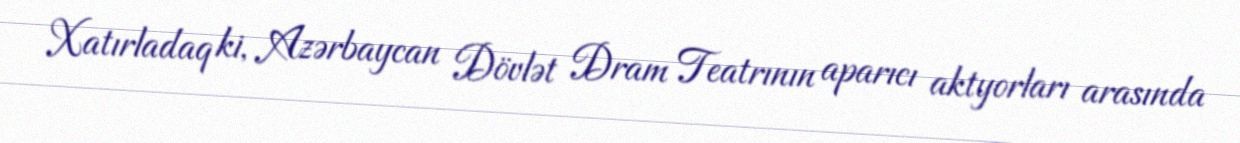
Xatırladaq ki, Azərbaycan Dövlət Dram Teatrının aparıcı aktyorları arasında